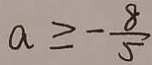
a \geq - \frac { 8 } { 5 }